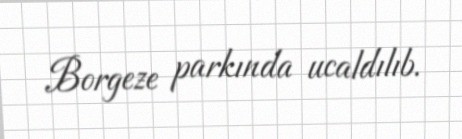
Borgeze parkında ucaldılıb.